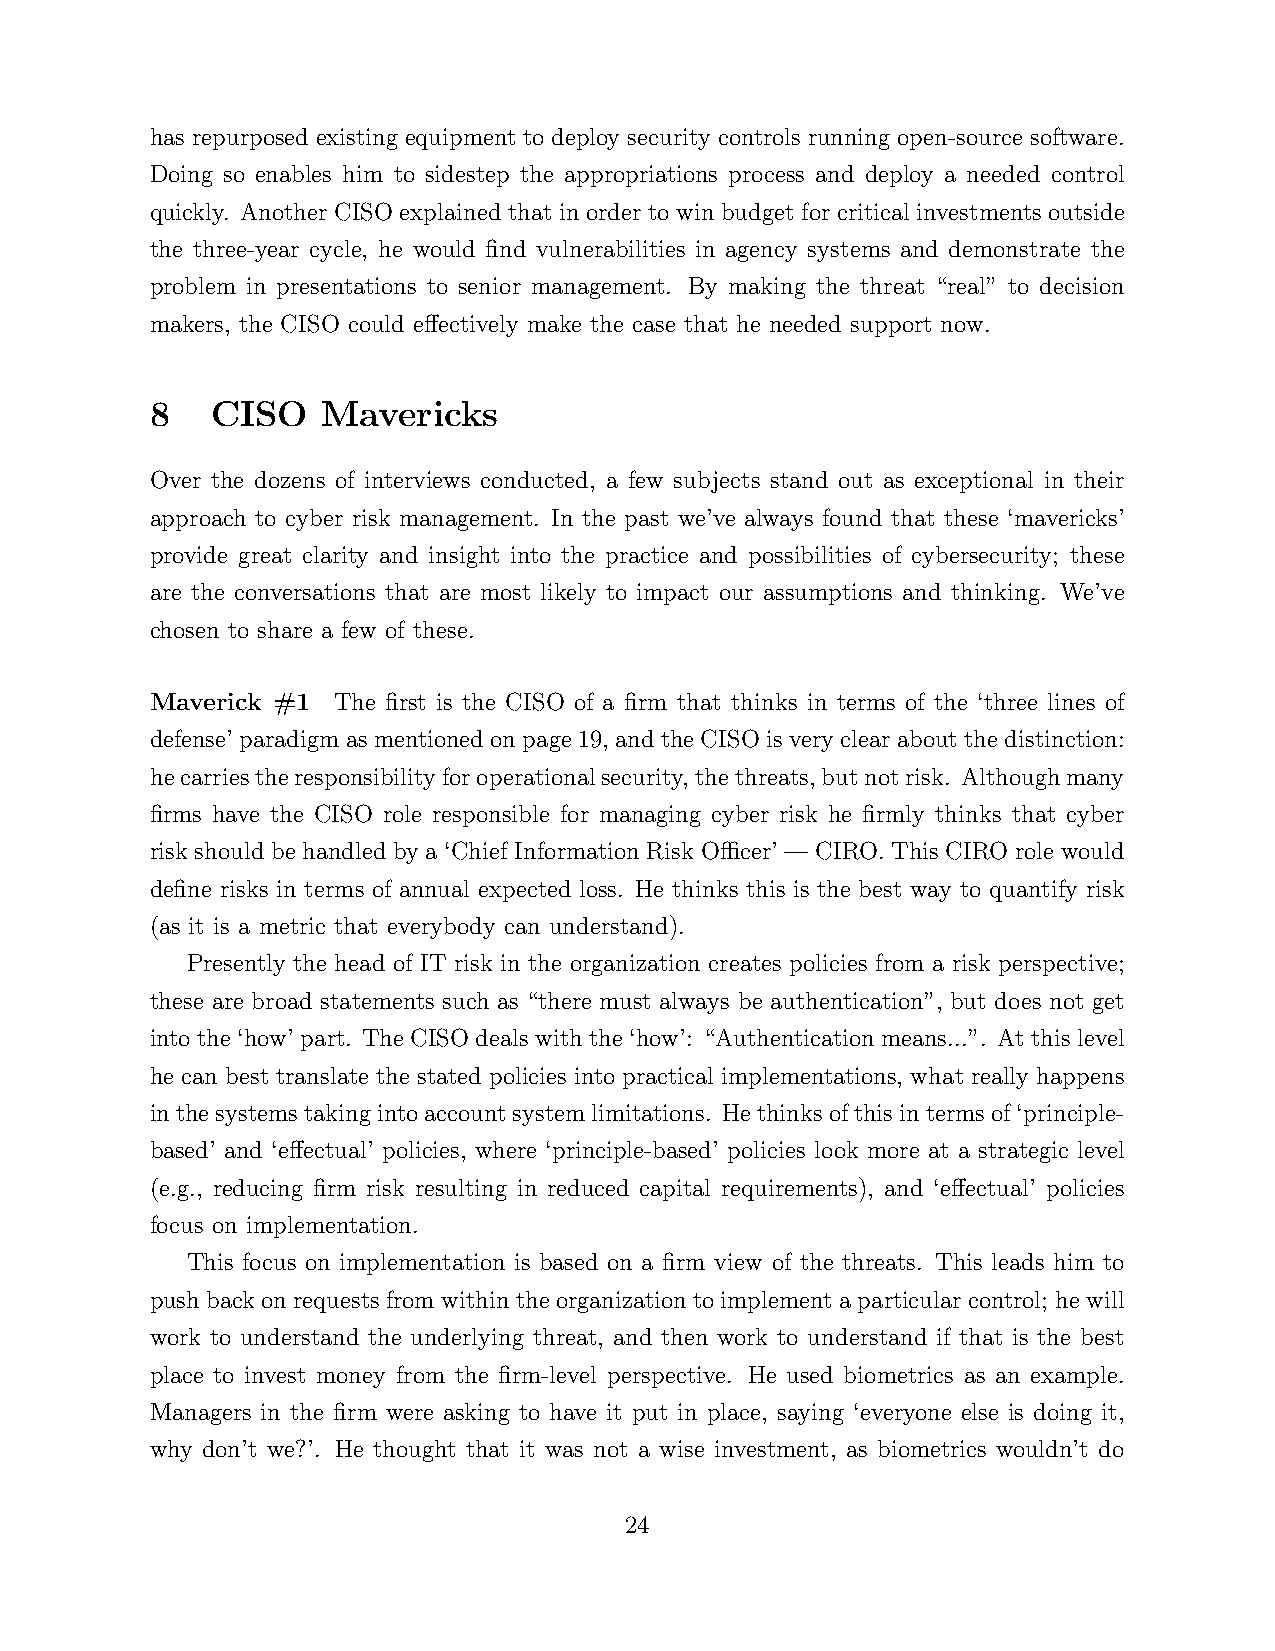
has repurposed existing equipment to deploy security controls running open-source software.
 Doing so enables him to sidestep the appropriations process and deploy a needed control
 quickly. Another CISO explained that in order to win budget for critical investments outside
 the three-year cycle, he would find vulnerabilities in agency systems and demonstrate the
 problem in presentations to senior management. By making the threat “real” to decision
 makers, the CISO could effectively make the case that he needed support now.
 8   CISO   Mavericks
 Over the dozens of interviews conducted, a few subjects stand out as exceptional in their
 approach to cyber risk management. In the past we’ve always found that these ‘mavericks’
 provide great clarity and insight into the practice and possibilities of cybersecurity; these
 are the conversations that are most likely to impact our assumptions and thinking. We’ve
 chosen to share a few of these.
 Maverick #1 The first is the CISO of a firm that thinks in terms of the ‘three lines of
 defense’ paradigm as mentioned on page 19, and the CISO is very clear about the distinction:
 hecarriestheresponsibilityforoperationalsecurity,thethreats,butnotrisk. Althoughmany
 firms have the CISO role responsible for managing cyber risk he firmly thinks that cyber
 risk should be handled by a ‘Chief Information Risk Officer’ — CIRO. This CIRO role would
 define risks in terms of annual expected loss. He thinks this is the best way to quantify risk
 (as it is a metric that everybody can understand).
 Presently the head of IT risk in the organization creates policies from a risk perspective;
 these are broad statements such as “there must always be authentication”, but does not get
 into the ‘how’ part. The CISO deals with the ‘how’: “Authentication means...”. At this level
 he can best translate the stated policies into practical implementations, what really happens
 inthesystemstakingintoaccountsystemlimitations. Hethinksofthisintermsof‘principle-
 based’ and ‘effectual’ policies, where ‘principle-based’ policies look more at a strategic level
 (e.g., reducing firm risk resulting in reduced capital requirements), and ‘effectual’ policies
 focus on implementation.
 This focus on implementation is based on a firm view of the threats. This leads him to
 push back on requests from within the organization to implement a particular control; he will
 work to understand the underlying threat, and then work to understand if that is the best
 place to invest money from the firm-level perspective. He used biometrics as an example.
 Managers in the firm were asking to have it put in place, saying ‘everyone else is doing it,
 why don’t we?’. He thought that it was not a wise investment, as biometrics wouldn’t do
 24